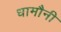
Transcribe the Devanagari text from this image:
धामौनी